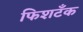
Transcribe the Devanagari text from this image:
फिशटँक